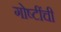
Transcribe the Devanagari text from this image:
गोष्‍टींची